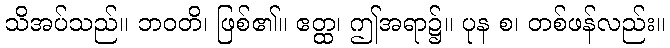
သိအပ်သည်။ ဘဝတိ၊ ဖြစ်၏။ ဧတ္ထ၊ ဤအရာ၌။ ပုန စ၊ တစ်ဖန်လည်း။